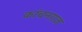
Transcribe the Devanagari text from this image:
कांचनराज